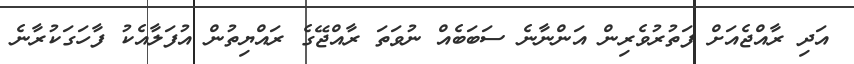
އަދި ރާއްޖެއަށް ފަތުރުވެރިން އަންނާނެ ސަބަބެއް ނުވަތަ ރާއްޖޭގެ ރައްޔިތުން އުފަލާއެކު ފާހަގަކުރާނެ